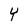
Character: Y